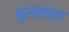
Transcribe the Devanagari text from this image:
बुलसारा